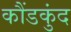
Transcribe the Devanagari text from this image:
कौंडकुंद